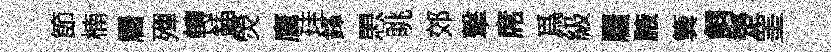
節楠麕殫轉鍤熒鷹珪鋒愳眺郊撃席爲級麕腋簨飼楚罣